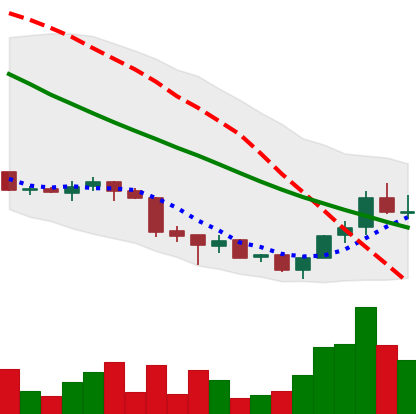
Ticker: ADA-USD
Chart end date: 2018-07-04
Forward return: -7.279%
Label: down_7plus